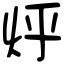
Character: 烀